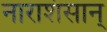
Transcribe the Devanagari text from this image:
नाराशंसान्